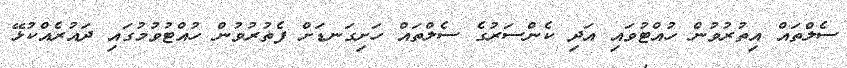
ސެލްތައް އިތުރުވުން ހުއްޓުވައި އަދި ކެންސަރުގެ ސެލްތައް ހަށިގަނޑަށް ފެތުރުވުން ހުއްޓުވުމުގައި ދައުރެއްކުޅޭ